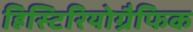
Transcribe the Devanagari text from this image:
हिस्टिरियोग्रैफिक